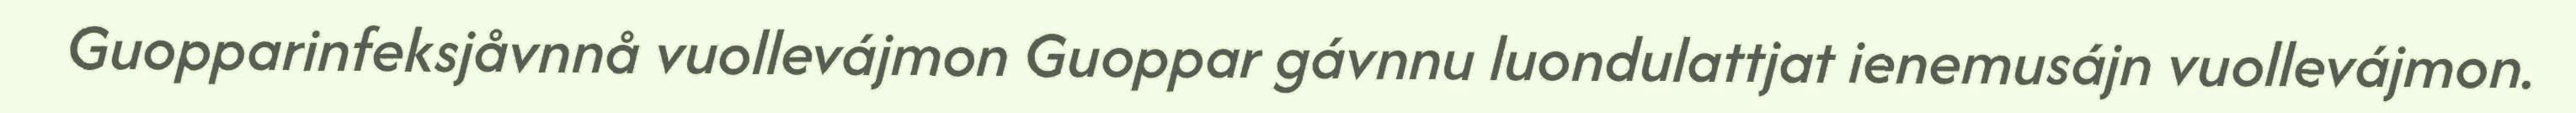
Guopparinfeksjåvnnå vuollevájmon Guoppar gávnnu luondulattjat ienemusájn vuollevájmon.